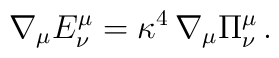
\nabla_\mu E^\mu_\nu = \kappa^4\,\nabla_\mu\Pi^\mu_\nu \,.